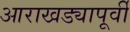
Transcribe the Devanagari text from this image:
आराखड्यापूर्वी